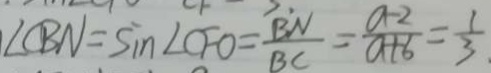
\angle C B N = \sin \angle C F O = \frac { B N } { B C } = \frac { a - 2 } { a + b } = \frac { 1 } { 3 } .